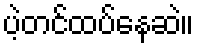
ပဲ့တင်ထပ်နေဆဲ။